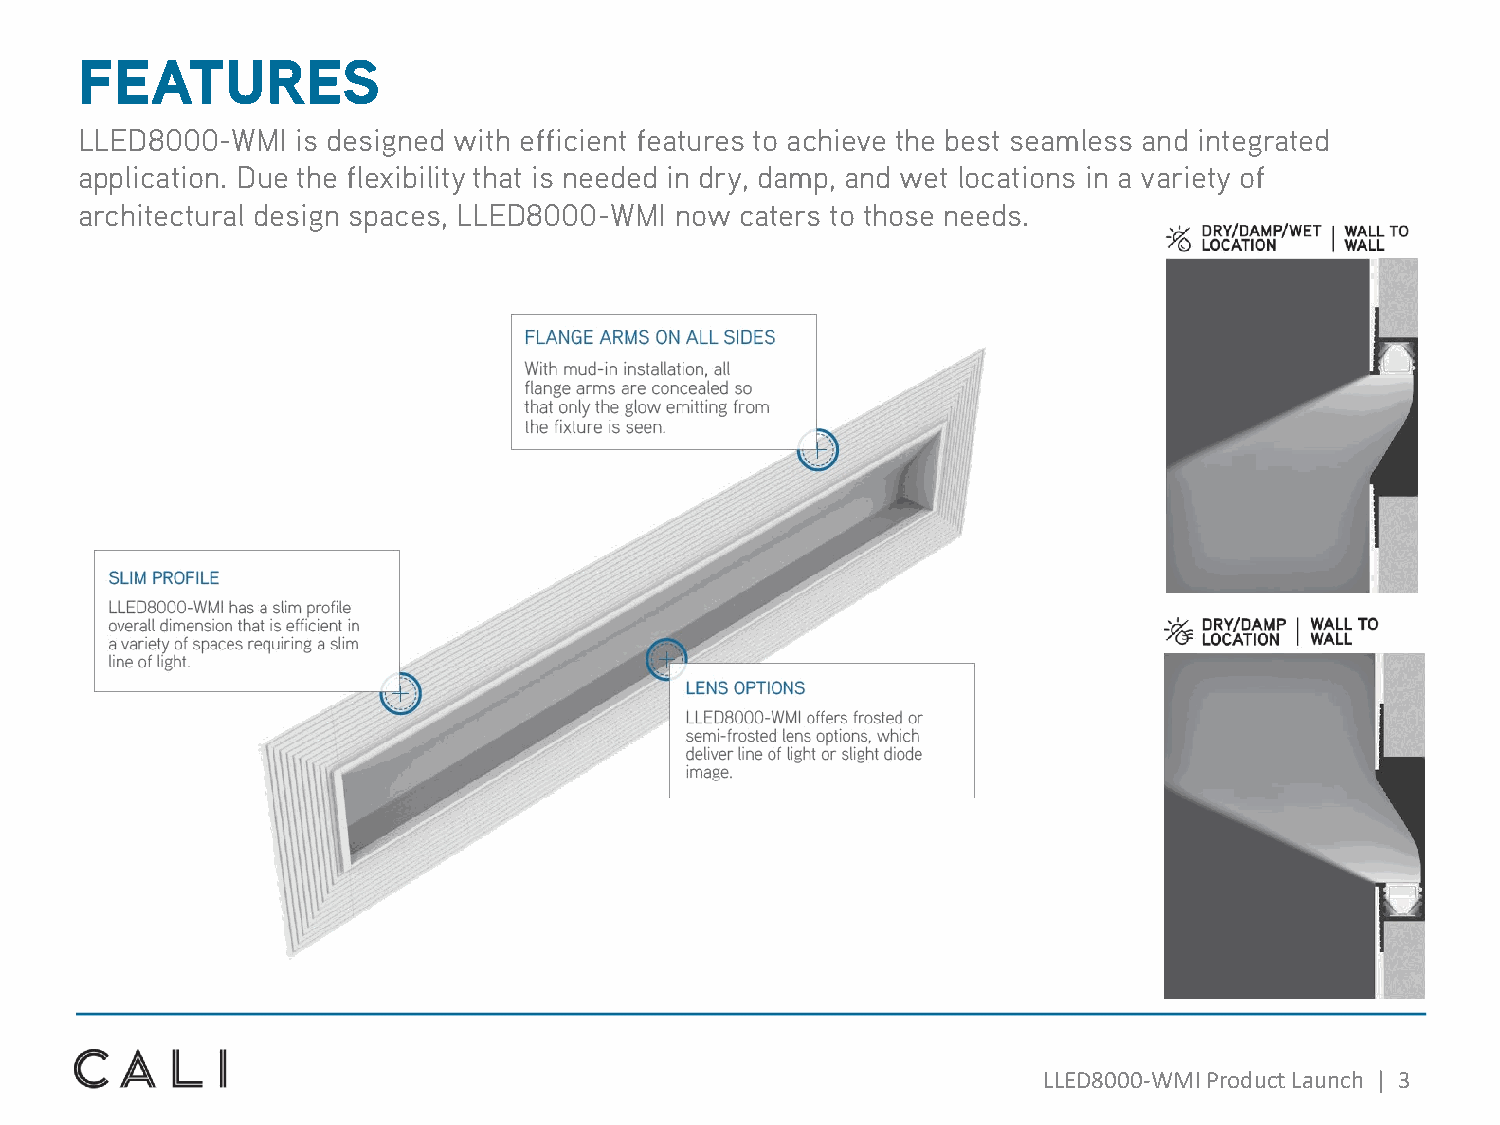
FEATURES
 LLED8000-WMI   is designed with efficient features to achieve the best seamless and integrated
 application. Due the flexibility that is needed in dry, damp, and wet locations in a variety of
 architectural design spaces, LLED8000-WMI now caters to those needs.
 LLED8000-WMI Product Launch | 3